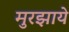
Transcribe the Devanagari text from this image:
मुरझाये